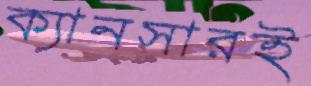
ক্যানসারই